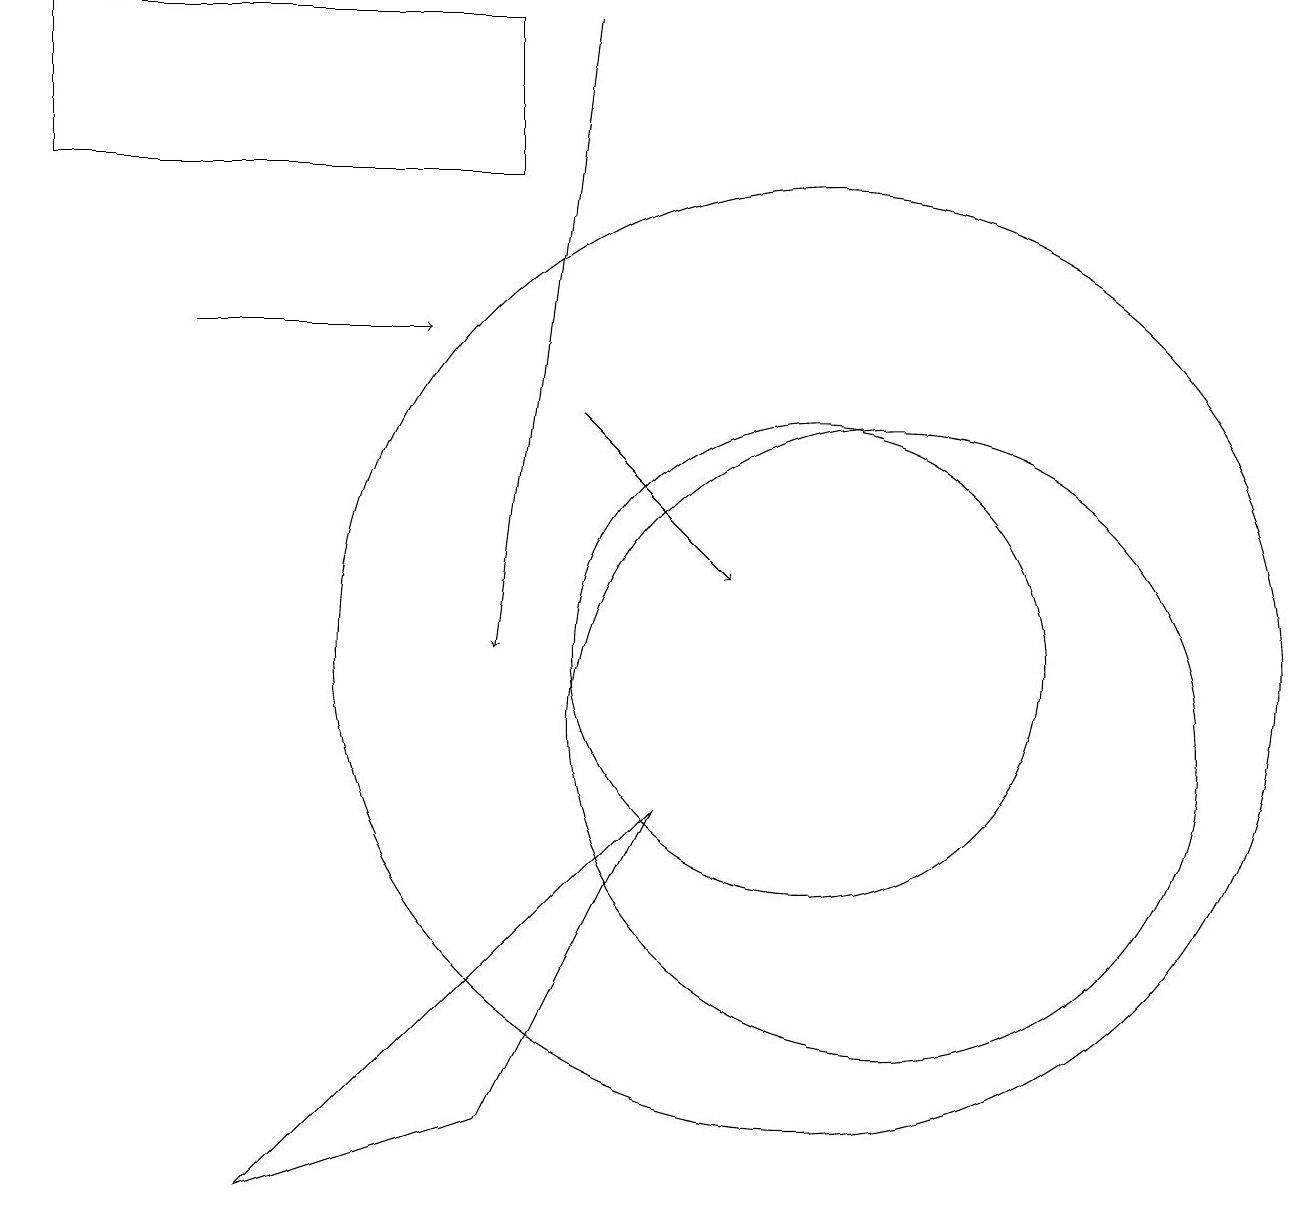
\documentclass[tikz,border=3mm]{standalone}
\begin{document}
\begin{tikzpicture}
\draw (11,10) circle (4);
\draw (8,9) -- (3,4) -- (6,5) -- cycle;
\draw[->] (7,19) -- (6,11);
\draw (10,11) circle (3);
\draw[->] (7,14) -- (9,12);
\draw (0,19) rectangle (6,17);
\draw (10,11) circle (6);
\draw[->] (2,15) -- (5,15);
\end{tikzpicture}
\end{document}